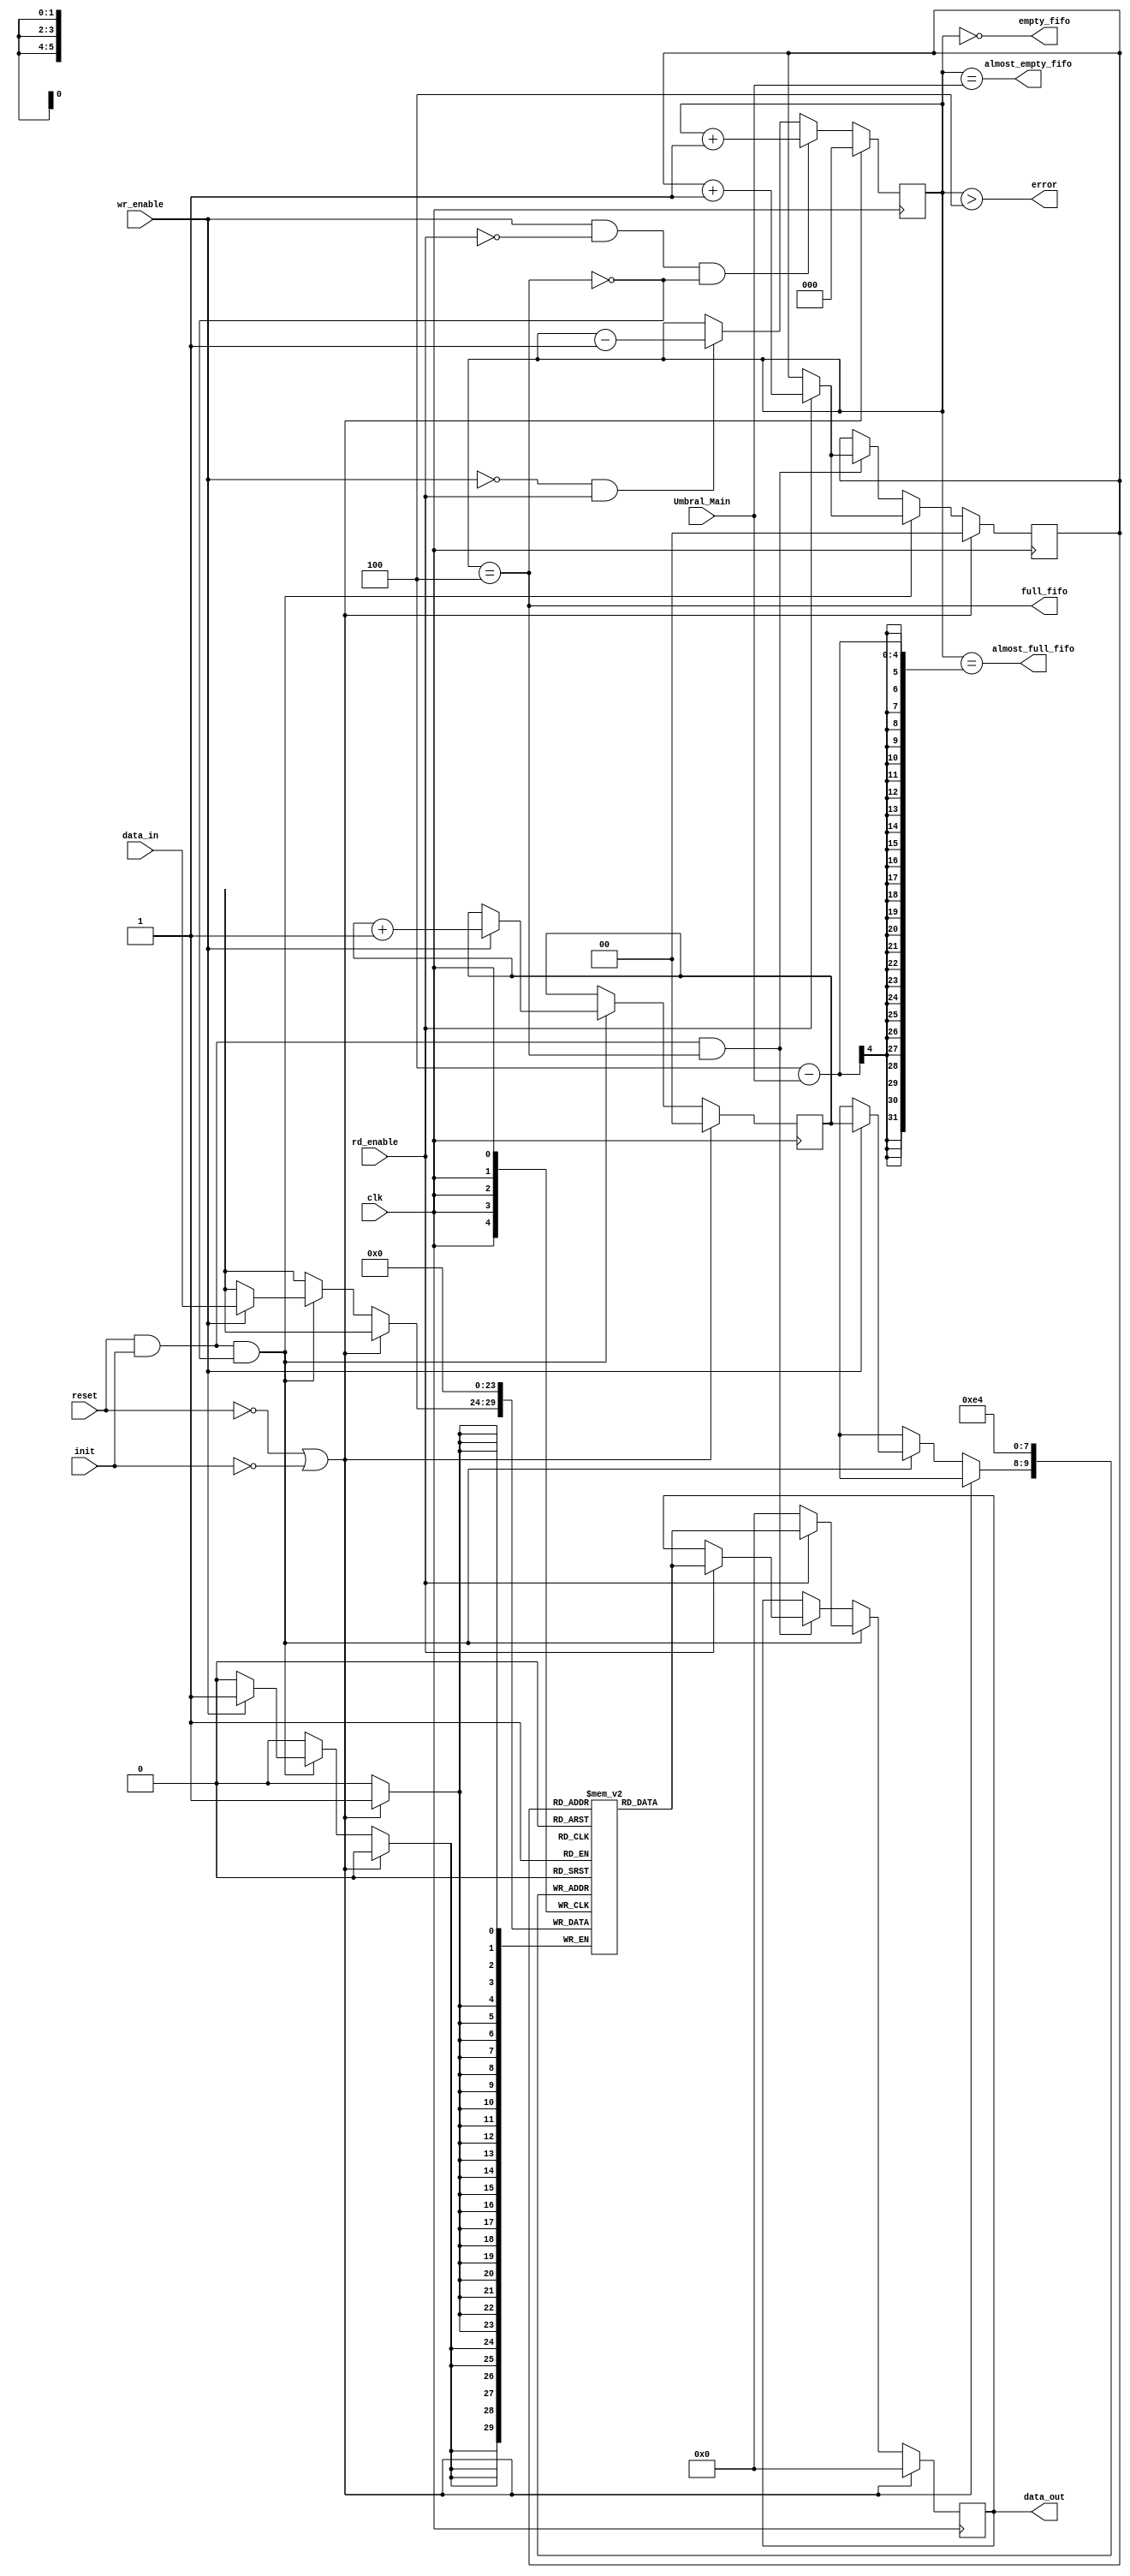
module main_fifo #(
            parameter data_width = 6,
			parameter address_width = 2
            )
            (
            input clk, reset, wr_enable, rd_enable,init,
            input [data_width-1:0] data_in,
            input [3:0] Umbral_Main,
            output full_fifo,
            output empty_fifo,
            output almost_full_fifo,
            output almost_empty_fifo,
            output error,
            output reg [data_width-1:0] data_out
            );

    parameter size_fifo = 2**address_width;
    reg [data_width-1:0] mem [0:size_fifo-1];
    reg [address_width-1:0] wr_ptr;
    reg [address_width-1:0] rd_ptr;
    reg [address_width:0] cnt;
    wire full_fifo_main_reg;

    assign full_fifo = (cnt == size_fifo);
    assign empty_fifo = (cnt == 0);  
    assign error = (cnt > size_fifo);
    assign almost_empty_fifo = (cnt == Umbral_Main);
    assign almost_full_fifo = (cnt == size_fifo-Umbral_Main);
    assign full_fifo_main_reg = full_fifo;
    integer i;

// WRITE //
    always @(posedge clk) begin
       if (reset == 0 || init == 0) begin
            wr_ptr <= 0;
       		rd_ptr <= 4'b0;
            data_out <=0;
            cnt <= 0;
            for(i = 0; i<2**address_width; i=i+1) begin
				mem[i] <= 0;
			end
       end
        else begin
            if (reset == 1 && init == 1 && ~full_fifo_main_reg) begin
                if (wr_enable == 1) begin
                     mem[wr_ptr] <= data_in;
                     wr_ptr <= wr_ptr+1;
                end

                if (rd_enable == 1) begin
                     data_out <= mem[rd_ptr];
                     rd_ptr <= rd_ptr+1;
                end
                else data_out <=0;

            end
            else if (reset == 1 && init == 1 && full_fifo_main_reg) begin
                if (rd_enable == 1) begin
                    data_out <= mem[rd_ptr];
                    rd_ptr <= rd_ptr+1;
                end
            end
            if (wr_enable && ~rd_enable && ~full_fifo_main_reg) cnt <= cnt+1'b1;
            else if (~wr_enable && rd_enable) cnt <= cnt-1'b1;

        end
    end
       
endmodule